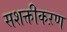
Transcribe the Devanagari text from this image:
सशक्तीकऱण